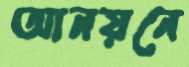
আনয়নে